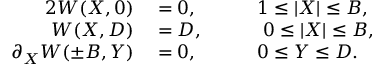
\begin{array} { r l r l } { { 2 } W ( X , 0 ) } & { { } = 0 , } & { \quad } & { { } 1 \leq | X | \leq B , } \\ { W ( X , D ) } & { { } = D , } & { } & { { } \ 0 \le | X | \le B , } \\ { \partial _ { X } W ( \pm B , Y ) } & { { } = 0 , } & { } & { { } 0 \le Y \le D . } \end{array}